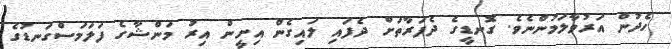
ހެދުން އަރުވާލަމުންނެވެ. ގޮނޑީގެ ދެފަރާތަށް ދެފައި ލައިގެން އިށީން އިރު މަންޝާގެ ފަލަމަސްގަނޑުގެ